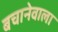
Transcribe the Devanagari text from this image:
बचानेवाला